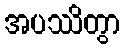
အပဿိတွာ